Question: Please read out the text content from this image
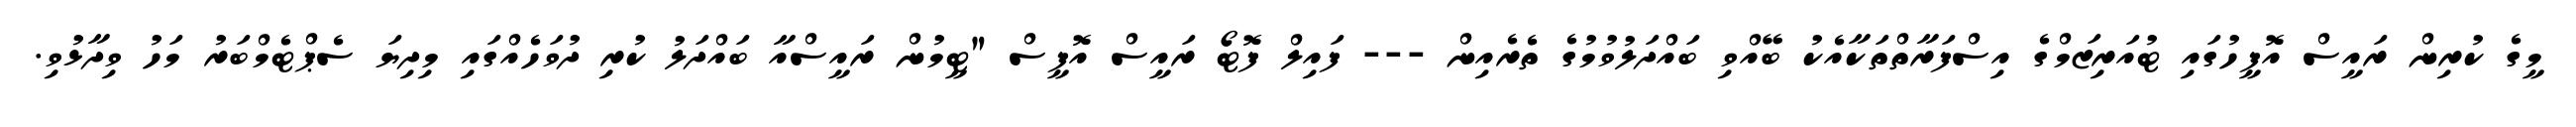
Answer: މީގެ ކުރިން ރައީސް އޮފީހުގައި ޓުއަރިޒަމްގެ އިސްފަރާތްތަކާއެކު ބޭއްވި ބައްދަލުވުމުގެ ތެރެއިން --- ފައިލް ފޮޓޯ ރައީސް އޮފީސް "ޓީމުން ރައީސްއާ ބައްދަލު ކުރި ދުވަހެއްގައި މިދިޔަ ސެޕްޓެމްބަރު މަހު ވިދާޅުވި.